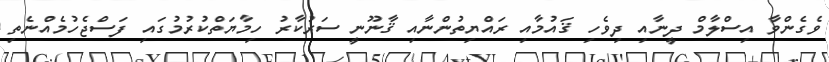
ވެގެންވާ އިސްލާމް ދީނާއި ދިވެހި ޤައުމާއި ރައްޔިތުންނާއި ޤާނޫނީ ސަރުކާރު ހިމާޔަތްކުރުމުގައި ފަސްޖެހުމެއްނެތި